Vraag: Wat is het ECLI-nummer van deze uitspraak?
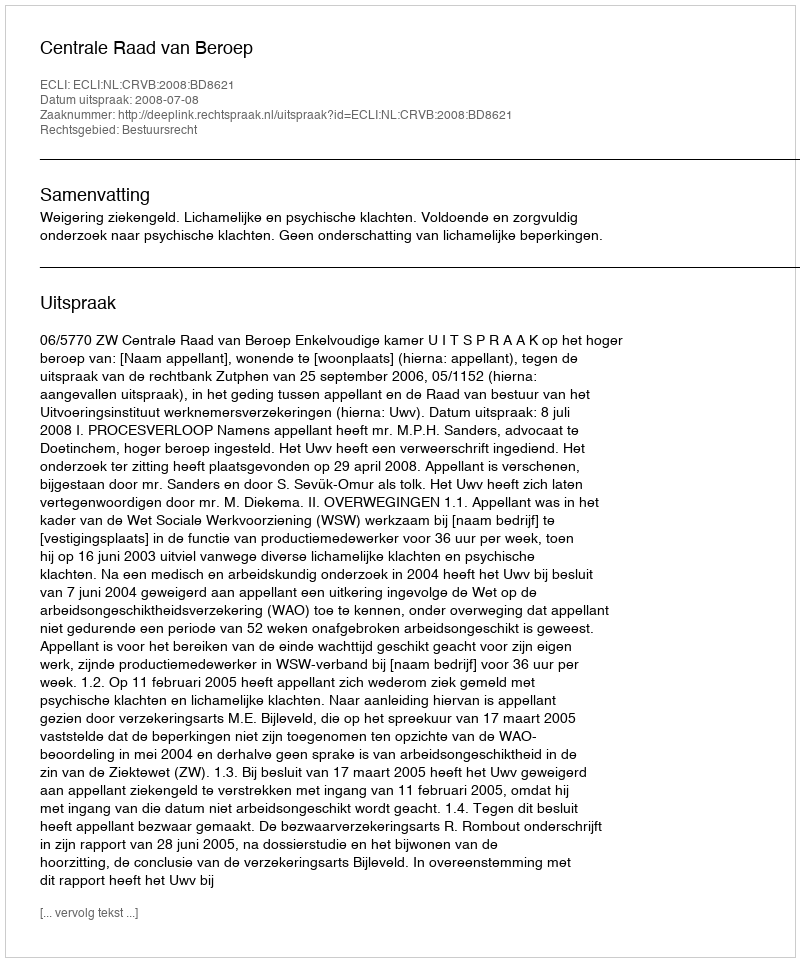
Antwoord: ECLI:NL:CRVB:2008:BD8621